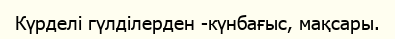
Күрделі гүлділерден -күнбағыс, мақсары.